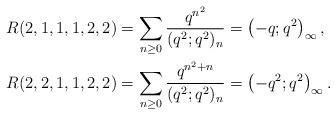
LaTeX: \begin{align*} R(2,1,1,1,2,2) = \sum_{n\geq 0} \frac{q^{n^2}}{(q^2;q^2)_n} &=\left(-q;q^2\right)_{\infty}, \\ R(2,2,1,1,2,2) = \sum_{n\geq 0} \frac{q^{n^2+n}}{(q^2;q^2)_n}&=\left(-q^2;q^2\right)_{\infty}.\end{align*}